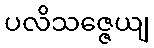
ပလိသဇ္ဇေယျ